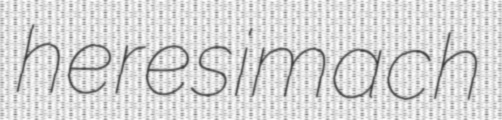
heresimach